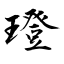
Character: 璒